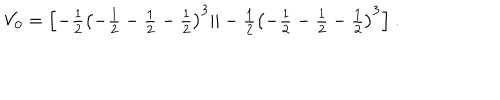
V _ { 0 } = \textstyle { \left[ - { \frac { 1 } { 2 } } \left( - { \frac { 1 } { 2 } } - { \frac { 1 } { 2 } } - { \frac { 1 } { 2 } } \right) ^ { 3 } | | - { \frac { 1 } { 2 } } \left( - { \frac { 1 } { 2 } } - { \frac { 1 } { 2 } } - { \frac { 1 } { 2 } } \right) ^ { 3 } \right] } ~ .